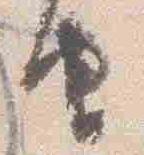
由